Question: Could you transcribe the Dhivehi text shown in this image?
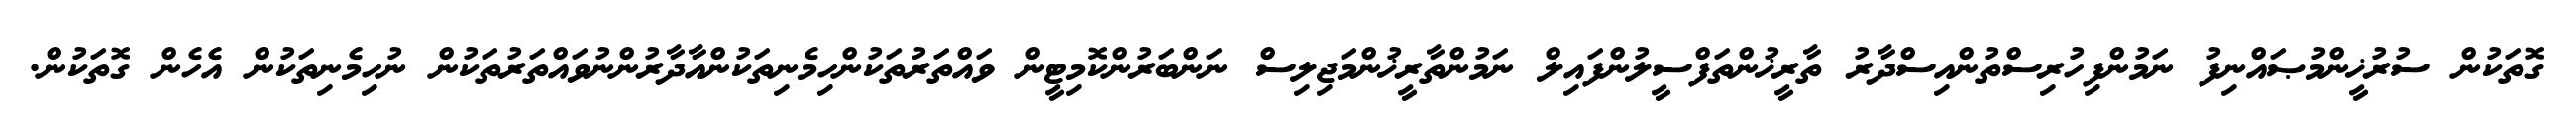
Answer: ގޮތަކުން ސުރުޚީންމުޞައްނިފު ނަމުންފިހުރިސްތުންއިސްދާރު ތާރީޚުންތަފްސީލުންފައިލް ނަމުންތާރީޚުންމަޖިލިސް ނަންބަރުންކޮމިޓީން ވައްތަރުތަކުންހިމެނިތަކުންއާދާރުންނުވައްތަރުތަކުން ނުހިމެނިތަކުން އެހެން ގޮތަކުން.